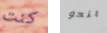
كنت بنحو